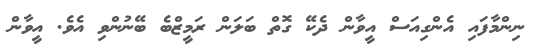
ނިންމާފައި އެންގިއަސް އީވާން ދެކޭ ގޮތް ބަލަން ރަމީޒްބެ ބޭނުންވި އެވެ. އީވާން